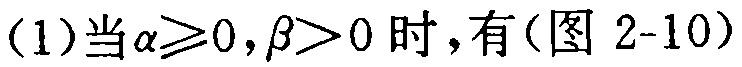
(1)当\(\alpha\geqslant0,\beta > 0\)时，有(图 2-10)